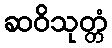
ဆဝိသုတ္တံ